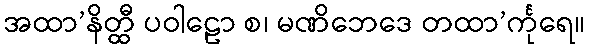
အထာ’နိတ္ထီ ပဝါဠော စ၊ မဏိဘေဒေ တထာ’င်္ကုရေ။